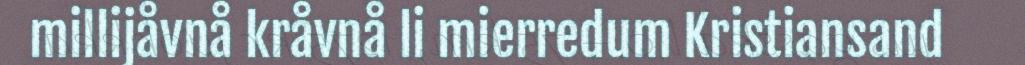
millijåvnå kråvnå li mierredum Kristiansand